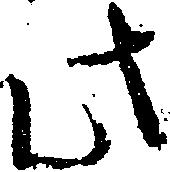
此